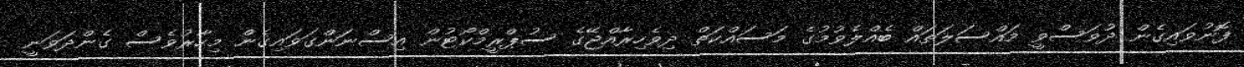
ފޮނުވައިގެން ދުވަސްވީ މައްސަލަތައް ބެއްލެވުމުގެ މަސައްކަތް ދިވެހިރާއްޖޭގެ ސުޕްރީމްކޯޓުން އިސްނަންގަވައިގެން މިހާރުވެސް ގެންދަވަނީ